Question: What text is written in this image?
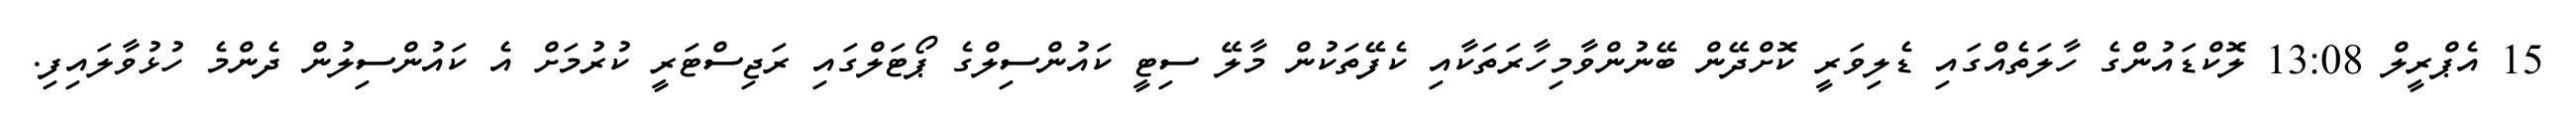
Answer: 15 އެޕްރީލް 13:08 ލޮކްޑައުންގެ ހާލަތެއްގައި ޑެލިވަރީ ކޮށްދޭން ބޭނުންވާމިހާރަތަކާއި ކެފޭތަކުން މާލޭ ސިޓީ ކައުންސިލްގެ ޕޯޓަލްގައި ރަޖިސްޓަރީ ކުރުމަށް އެ ކައުންސިލުން ދެންމެ ހުޅުވާލައިފި.